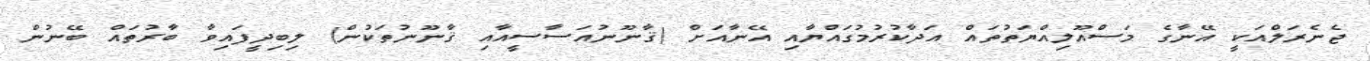
ޖެނެރަލްއަކީ އޭނާގެ މަސްއޫލިއްޔަތުތައް އަދާކުރުމުގައްޔާއި އޭނާއަށް (ޤާނޫނުއަސާސީއާއި ޤާނޫނުތަކުން) ލިބިދީފައިވާ ބާރުތައް ބޭނުން